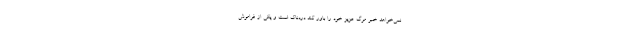
نمی‌خواهد خبر مرگ عزیز خود را باور کند دردناک است و یکی از فراموش